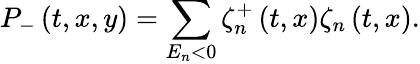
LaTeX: P_{-}\left(t,x,y\right)=\sum_{E_{n}<0}\zeta_{n}^{+}\left(t,x\right)\zeta_{n}\left(t,x\right).